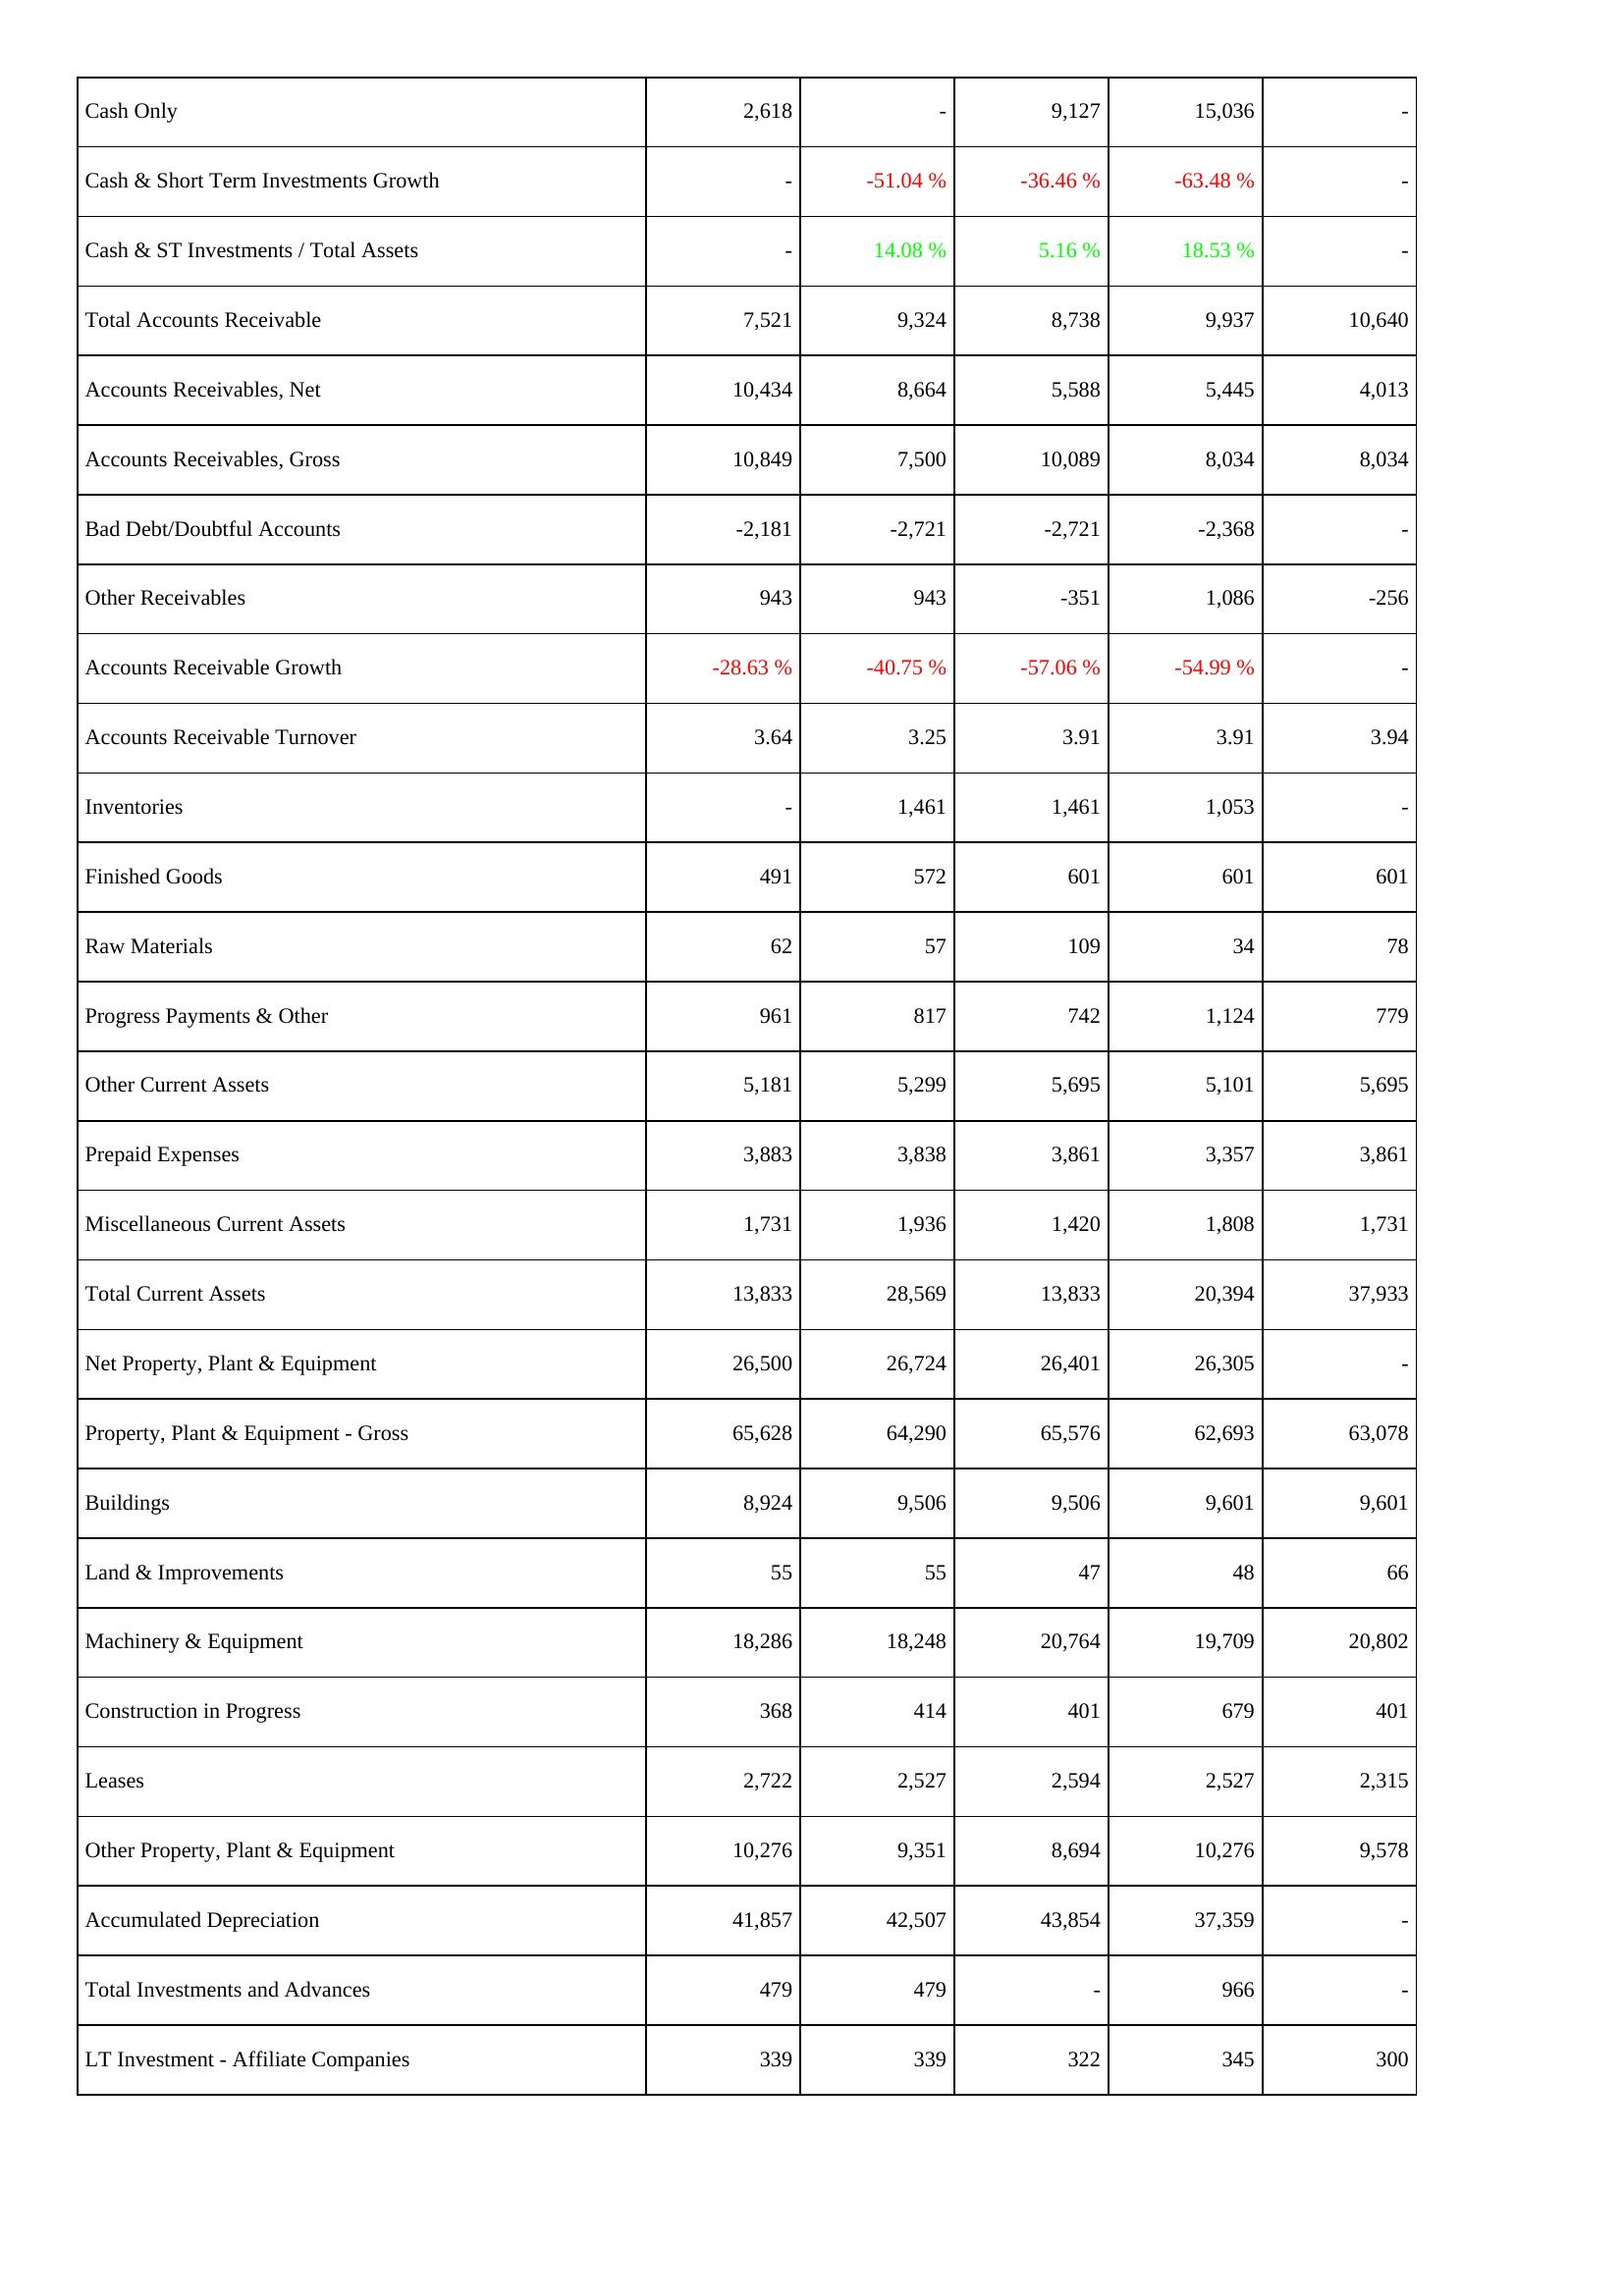
2021: Assets: Cash Only: 2,618
Cash & Short Term Investments Growth: -
Cash & ST Investments / Total Assets: -
Total Accounts Receivable: 7,521
Accounts Receivables, Net: 10,434
Accounts Receivables, Gross: 10,849
Bad Debt/Doubtful Accounts: -2,181
Other Receivables: 943
Accounts Receivable Growth: -28.63 %
Accounts Receivable Turnover: 3.64
Inventories: -
Finished Goods: 491
Raw Materials: 62
Progress Payments & Other: 961
Other Current Assets: 5,181
Prepaid Expenses: 3,883
Miscellaneous Current Assets: 1,731
Total Current Assets: 13,833
Net Property, Plant & Equipment: 26,500
Property, Plant & Equipment - Gross: 65,628
Buildings: 8,924
Land & Improvements: 55
Machinery & Equipment: 18,286
Construction in Progress: 368
Leases: 2,722
Other Property, Plant & Equipment: 10,276
Accumulated Depreciation: 41,857
Total Investments and Advances: 479
LT Investment - Affiliate Companies: 339
2022: Assets: Cash Only: -
Cash & Short Term Investments Growth: -51.04 %
Cash & ST Investments / Total Assets: 14.08 %
Total Accounts Receivable: 9,324
Accounts Receivables, Net: 8,664
Accounts Receivables, Gross: 7,500
Bad Debt/Doubtful Accounts: -2,721
Other Receivables: 943
Accounts Receivable Growth: -40.75 %
Accounts Receivable Turnover: 3.25
Inventories: 1,461
Finished Goods: 572
Raw Materials: 57
Progress Payments & Other: 817
Other Current Assets: 5,299
Prepaid Expenses: 3,838
Miscellaneous Current Assets: 1,936
Total Current Assets: 28,569
Net Property, Plant & Equipment: 26,724
Property, Plant & Equipment - Gross: 64,290
Buildings: 9,506
Land & Improvements: 55
Machinery & Equipment: 18,248
Construction in Progress: 414
Leases: 2,527
Other Property, Plant & Equipment: 9,351
Accumulated Depreciation: 42,507
Total Investments and Advances: 479
LT Investment - Affiliate Companies: 339
2023: Assets: Cash Only: 9,127
Cash & Short Term Investments Growth: -36.46 %
Cash & ST Investments / Total Assets: 5.16 %
Total Accounts Receivable: 8,738
Accounts Receivables, Net: 5,588
Accounts Receivables, Gross: 10,089
Bad Debt/Doubtful Accounts: -2,721
Other Receivables: -351
Accounts Receivable Growth: -57.06 %
Accounts Receivable Turnover: 3.91
Inventories: 1,461
Finished Goods: 601
Raw Materials: 109
Progress Payments & Other: 742
Other Current Assets: 5,695
Prepaid Expenses: 3,861
Miscellaneous Current Assets: 1,420
Total Current Assets: 13,833
Net Property, Plant & Equipment: 26,401
Property, Plant & Equipment - Gross: 65,576
Buildings: 9,506
Land & Improvements: 47
Machinery & Equipment: 20,764
Construction in Progress: 401
Leases: 2,594
Other Property, Plant & Equipment: 8,694
Accumulated Depreciation: 43,854
Total Investments and Advances: -
LT Investment - Affiliate Companies: 322
2024: Assets: Cash Only: 15,036
Cash & Short Term Investments Growth: -63.48 %
Cash & ST Investments / Total Assets: 18.53 %
Total Accounts Receivable: 9,937
Accounts Receivables, Net: 5,445
Accounts Receivables, Gross: 8,034
Bad Debt/Doubtful Accounts: -2,368
Other Receivables: 1,086
Accounts Receivable Growth: -54.99 %
Accounts Receivable Turnover: 3.91
Inventories: 1,053
Finished Goods: 601
Raw Materials: 34
Progress Payments & Other: 1,124
Other Current Assets: 5,101
Prepaid Expenses: 3,357
Miscellaneous Current Assets: 1,808
Total Current Assets: 20,394
Net Property, Plant & Equipment: 26,305
Property, Plant & Equipment - Gross: 62,693
Buildings: 9,601
Land & Improvements: 48
Machinery & Equipment: 19,709
Construction in Progress: 679
Leases: 2,527
Other Property, Plant & Equipment: 10,276
Accumulated Depreciation: 37,359
Total Investments and Advances: 966
LT Investment - Affiliate Companies: 345
2025: Assets: Cash Only: -
Cash & Short Term Investments Growth: -
Cash & ST Investments / Total Assets: -
Total Accounts Receivable: 10,640
Accounts Receivables, Net: 4,013
Accounts Receivables, Gross: 8,034
Bad Debt/Doubtful Accounts: -
Other Receivables: -256
Accounts Receivable Growth: -
Accounts Receivable Turnover: 3.94
Inventories: -
Finished Goods: 601
Raw Materials: 78
Progress Payments & Other: 779
Other Current Assets: 5,695
Prepaid Expenses: 3,861
Miscellaneous Current Assets: 1,731
Total Current Assets: 37,933
Net Property, Plant & Equipment: -
Property, Plant & Equipment - Gross: 63,078
Buildings: 9,601
Land & Improvements: 66
Machinery & Equipment: 20,802
Construction in Progress: 401
Leases: 2,315
Other Property, Plant & Equipment: 9,578
Accumulated Depreciation: -
Total Investments and Advances: -
LT Investment - Affiliate Companies: 300